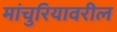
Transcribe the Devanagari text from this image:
मांचुरियावरील